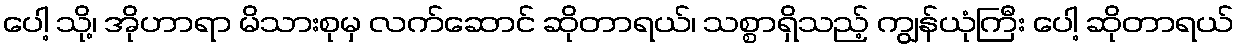
ပေါ့ သို့၊ အိုဟာရာ မိသားစုမှ လက်ဆောင် ဆိုတာရယ်၊ သစ္စာရှိသည့် ကျွန်ယုံကြီး ပေါ့ ဆိုတာရယ်